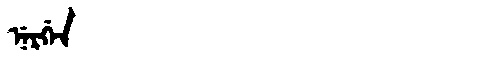
Manchu: ᠨᡝᡵᡤᡝᠨ
Romanization: NERGEN